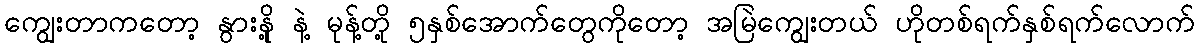
ကျွေးတာကတော့ နွားနို့ နဲ့ မုန့်တို့ ၅နှစ်အောက်တွေကိုတော့ အမြဲကျွေးတယ် ဟိုတစ်ရက်နှစ်ရက်လောက်